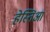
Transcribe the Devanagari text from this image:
हेस्तिआ